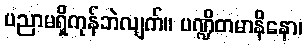
ပညာမရှိကုန်ဘဲလျက်။ ပဏ္ဍိတမာနိနော၊